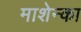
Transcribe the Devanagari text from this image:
माशेन्का